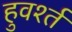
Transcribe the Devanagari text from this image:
हुवर्श्त